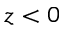
z < 0